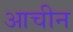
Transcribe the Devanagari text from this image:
आचीन